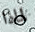
لماذا